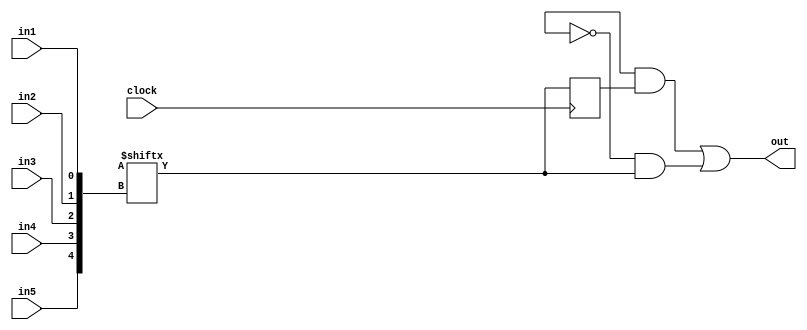
module logic_tile(out,clock,in1,in2,in3,in4,in5);
    input clock;
    input in1;
    input in2,in3,in4,in5;
    wire control;
    output out;
    reg [32:0] mem;
    reg q;
    reg qbar;
    wire d;

    initial begin
      q = 1'b0;
    end

    
    assign control=mem[32];
    assign d=mem[{in5,in4,in3,in2,in1}];
    always@(posedge clock)
        begin
            q <=d;
            qbar=!d;
        end


    assign out=(control & q) | (~control & d);
endmodule
module switch_box_4x4(out,in);
    input [3:0] in;
    reg [15:0] configure;
    output [3:0] out;
    assign out[0]= ((in[0] & configure[0]) | (in[1] & configure[1])) | ((in[2] & configure[2]) | (in[3] & configure[3]));
    assign out[1]= ((in[0] & configure[4]) | (in[1] & configure[5])) | ((in[2] & configure[6]) | (in[3] & configure[7]));
    assign out[2]= ((in[0] & configure[8]) | (in[1] & configure[9])) | ((in[2] & configure[10]) | (in[3] & configure[11]));
    assign out[3]= ((in[0] & configure[12]) | (in[1] & configure[13])) | ((in[2] & configure[14]) | (in[3] & configure[15]));
endmodule
module universal_shift_register(data_load,control,clock,out_final,serial_input,c2);

    input c2;

    input [1:0] control;
    input serial_input;
    input clock;
    input [7:0] data_load;
    output [7:0] out_final;
    wire [7:0] out1,out2;
    wire [7:0] temp_output;

    wire [3:0] temp,temp1,temp2,temp3,temp4,temp5,temp6,temp7,temp8,temp9,temp10,temp11,temp12,temp13,temp14,temp15,temp16;

    switch_box_4x4 inst1(.out(temp),.in({1'b0,1'b0,1'b0,c2}));//in decoder c2 will be selected and in universal it will be 0
    switch_box_4x4 inst2(.out(temp1),.in({data_load[0],out2[0],out1[0],control[0]}));//in decoder {0,0,control0,control0} and in unviversal {0,0,out1,out2}
    switch_box_4x4 inst3(.out(temp2),.in({data_load[1],out2[1],out1[1],control[0]}));
    switch_box_4x4 inst4(.out(temp3),.in({data_load[2],out2[2],out1[2],control[0]}));
    switch_box_4x4 inst5(.out(temp4),.in({data_load[3],out2[3],out1[3],control[0]}));
    switch_box_4x4 inst6(.out(temp5),.in({data_load[0],out2[4],out1[4],control[0]}));
    switch_box_4x4 inst7(.out(temp6),.in({data_load[1],out2[5],out1[5],control[0]}));
    switch_box_4x4 inst8(.out(temp7),.in({data_load[2],out2[6],out1[6],control[0]}));
    switch_box_4x4 inst9(.out(temp8),.in({data_load[3],out2[7],out1[7],control[0]}));
    switch_box_4x4 inst10(.out(temp9),.in({data_load[4],control[1],1'b0,1'b0}));
    switch_box_4x4 inst11(.out(temp10),.in({data_load[5],control[1],1'b0,1'b0}));
    switch_box_4x4 inst12(.out(temp11),.in({data_load[6],control[1],1'b0,1'b0}));
    switch_box_4x4 inst13(.out(temp12),.in({data_load[7],control[1],1'b0,1'b0}));
    switch_box_4x4 inst14(.out(temp13),.in({c2,1'b0,1'b0,1'b0}));
    switch_box_4x4 inst15(.out(temp14),.in({out_final[0],1'b0,1'b0,1'b0}));
    switch_box_4x4 inst16(.out(temp15),.in({out_final[1],1'b0,1'b0,1'b0}));
    switch_box_4x4 inst17(.out(temp16),.in({out_final[2],1'b0,1'b0,1'b0}));



    

    logic_tile ins1(.out(out1[0]),.clock(clock),.in1(out_final[1]),.in2(serial_input),.in3(out_final[0]),.in4(data_load[0]),.in5(control[0]));//in decoder out_final will be selected
    logic_tile ins2(.out(out1[1]),.clock(clock),.in1(out_final[2]),.in2(out_final[0]),.in3(out_final[1]),.in4(data_load[1]),.in5(control[0]));
    logic_tile ins3(.out(out1[2]),.clock(clock),.in1(out_final[3]),.in2(out_final[1]),.in3(out_final[2]),.in4(data_load[2]),.in5(control[0]));
    logic_tile ins4(.out(out1[3]),.clock(clock),.in1(out_final[4]),.in2(out_final[2]),.in3(out_final[3]),.in4(data_load[3]),.in5(control[0]));
    logic_tile ins5(.out(out1[4]),.clock(clock),.in1(out_final[5]),.in2(out_final[3]),.in3(out_final[4]),.in4(data_load[4]),.in5(control[0]));
    logic_tile ins6(.out(out1[5]),.clock(clock),.in1(out_final[6]),.in2(out_final[4]),.in3(out_final[5]),.in4(data_load[5]),.in5(control[0]));
    logic_tile ins7(.out(out1[6]),.clock(clock),.in1(out_final[7]),.in2(out_final[5]),.in3(out_final[6]),.in4(data_load[6]),.in5(control[0]));
    logic_tile ins8(.out(out1[7]),.clock(clock),.in1(serial_input),.in2(out_final[6]),.in3(out_final[7]),.in4(data_load[7]),.in5(control[0]));

    logic_tile ins9(.out(out2[0]),.clock(clock),.in1(out_final[1]),.in2(serial_input),.in3(out_final[0]),.in4(data_load[0]),.in5(control[0]));
    logic_tile ins10(.out(out2[1]),.clock(clock),.in1(out_final[2]),.in2(out_final[0]),.in3(out_final[1]),.in4(data_load[1]),.in5(control[0]));
    logic_tile ins11(.out(out2[2]),.clock(clock),.in1(out_final[3]),.in2(out_final[1]),.in3(out_final[2]),.in4(data_load[2]),.in5(control[0]));
    logic_tile ins12(.out(out2[3]),.clock(clock),.in1(out_final[4]),.in2(out_final[2]),.in3(out_final[3]),.in4(data_load[3]),.in5(control[0]));
    logic_tile ins13(.out(out2[4]),.clock(clock),.in1(out_final[5]),.in2(out_final[3]),.in3(out_final[4]),.in4(data_load[4]),.in5(control[0]));
    logic_tile ins14(.out(out2[5]),.clock(clock),.in1(out_final[6]),.in2(out_final[4]),.in3(out_final[5]),.in4(data_load[5]),.in5(control[0]));
    logic_tile ins15(.out(out2[6]),.clock(clock),.in1(out_final[7]),.in2(out_final[5]),.in3(out_final[6]),.in4(data_load[6]),.in5(control[0]));
    logic_tile ins16(.out(out2[7]),.clock(clock),.in1(serial_input),.in2(out_final[6]),.in3(out_final[7]),.in4(data_load[7]),.in5(control[0]));

    logic_tile ins17(.out(out_final[0]),.clock(clock),.in1(temp1[0]),.in2(temp1[1]),.in3(temp9[0]),.in4(temp[0]),.in5(temp13[0]));//temp1[0] contains num1 bit temp9[0] num2 bit and temp13[0] contains carry bit
    logic_tile ins18(.out(out_final[1]),.clock(clock),.in1(temp2[0]),.in2(temp2[1]),.in3(temp10[0]),.in4(temp[0]),.in5(temp14[0]));
    logic_tile ins19(.out(out_final[2]),.clock(clock),.in1(temp3[0]),.in2(temp3[1]),.in3(temp11[0]),.in4(temp[0]),.in5(temp15[0]));
    logic_tile ins20(.out(out_final[3]),.clock(clock),.in1(temp4[0]),.in2(temp4[1]),.in3(temp12[0]),.in4(temp[0]),.in5(temp16[0]));
    logic_tile ins21(.out(out_final[4]),.clock(clock),.in1(temp5[0]),.in2(temp5[1]),.in3(temp9[0]),.in4(temp[0]),.in5(temp13[0]));//temp13[0] contains cin bit
    logic_tile ins22(.out(out_final[5]),.clock(clock),.in1(temp6[0]),.in2(temp6[1]),.in3(temp10[0]),.in4(temp[0]),.in5(temp14[0]));
    logic_tile ins23(.out(out_final[6]),.clock(clock),.in1(temp7[0]),.in2(temp7[1]),.in3(temp11[0]),.in4(temp[0]),.in5(temp15[0]));
    logic_tile ins24(.out(out_final[7]),.clock(clock),.in1(temp8[0]),.in2(temp8[1]),.in3(temp12[0]),.in4(temp[0]),.in5(temp16[0]));
endmodule